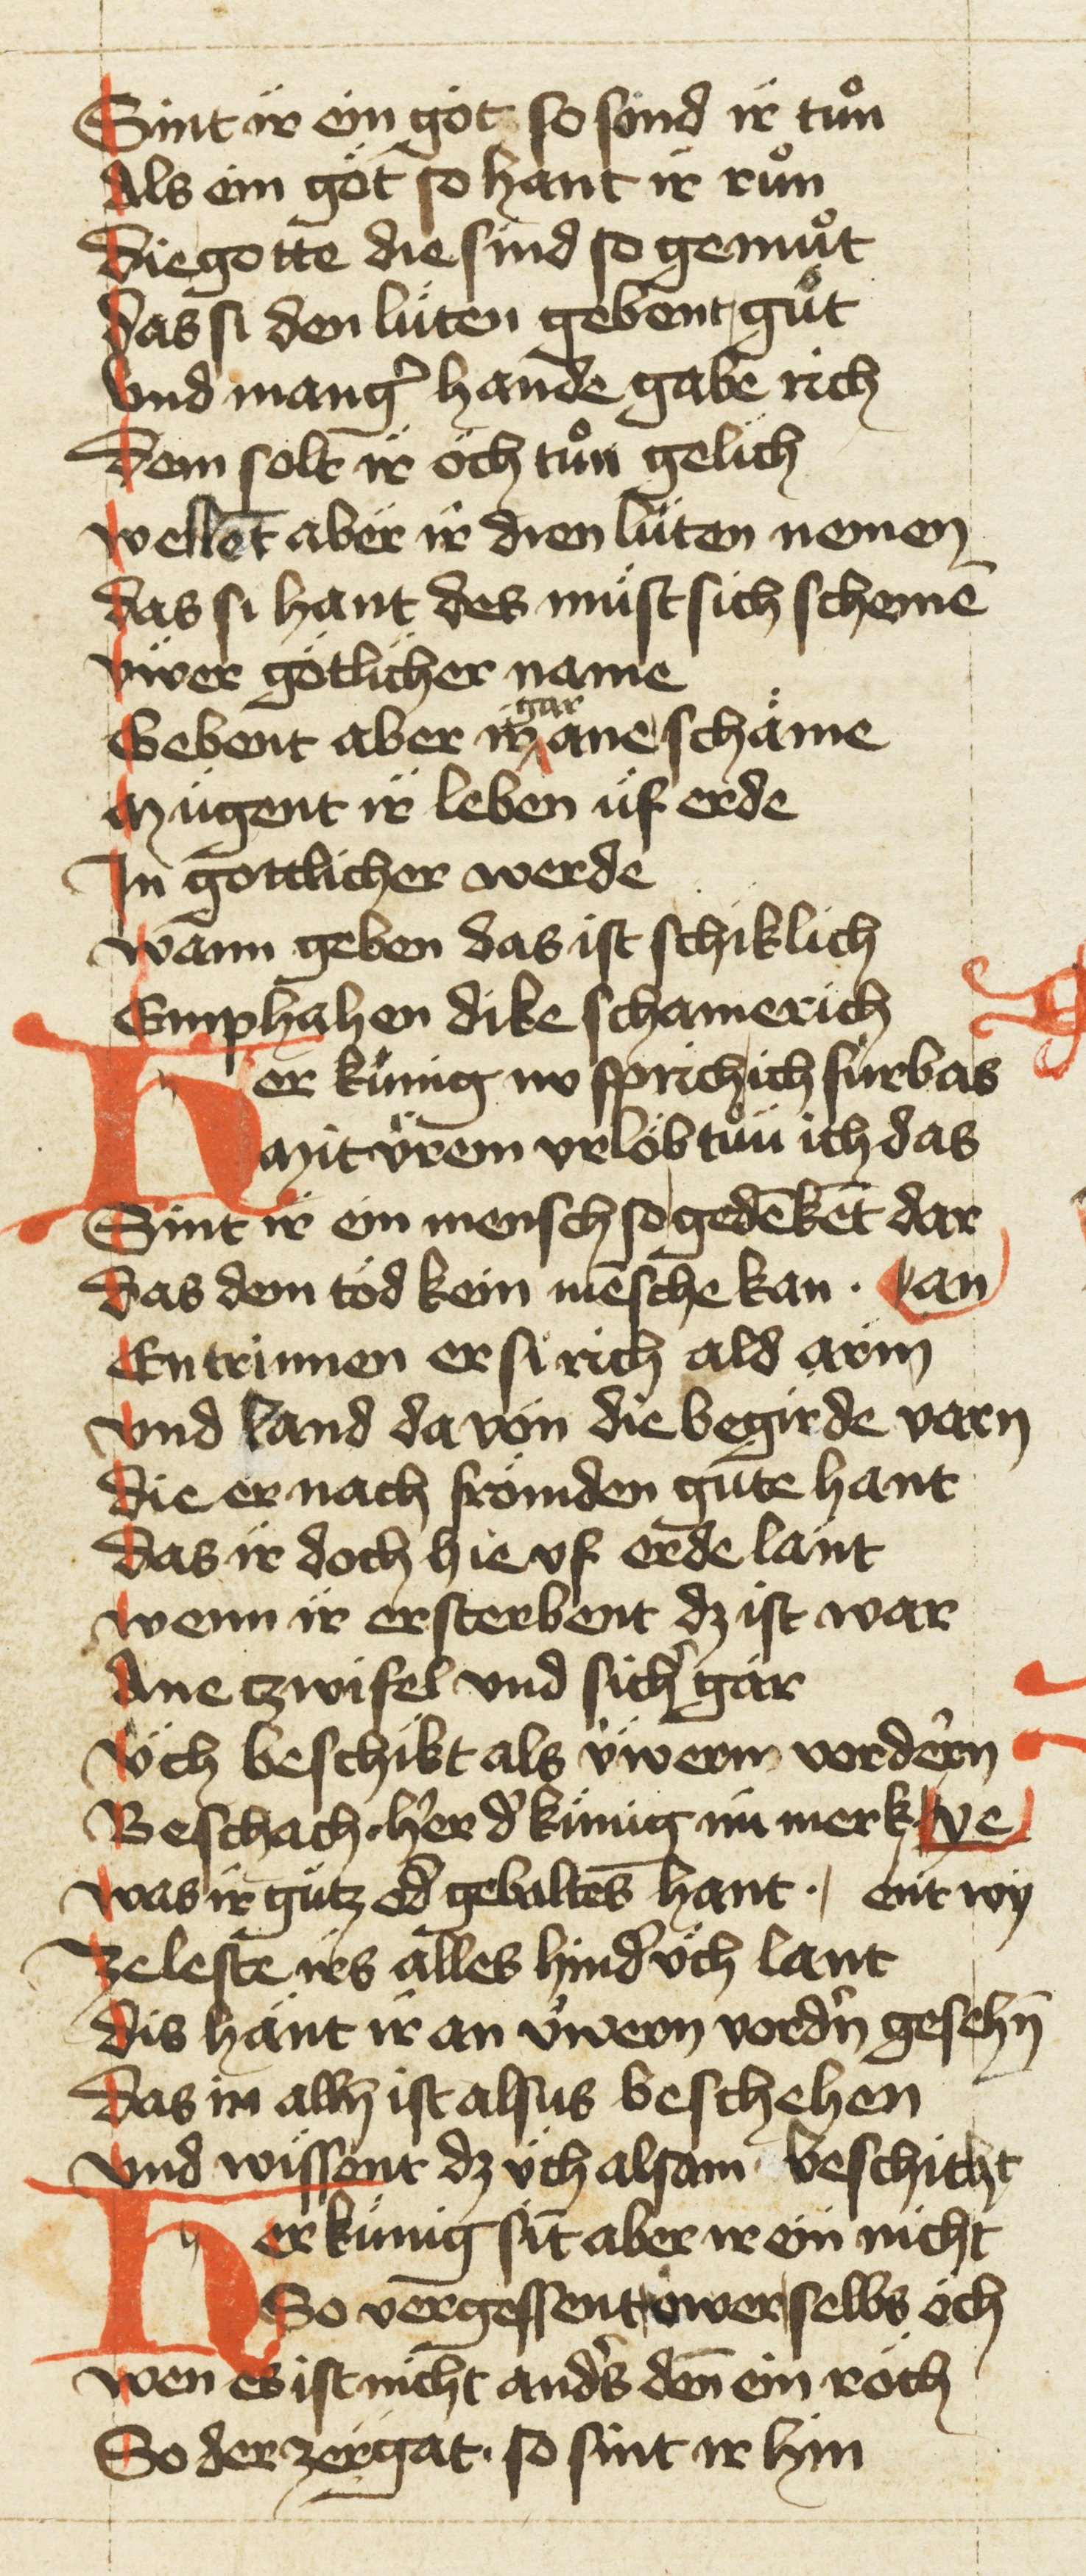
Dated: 1420–1429